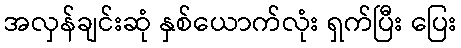
အလှန်ချင်းဆုံ နှစ်ယောက်လုံး ရှက်ပြီး ပြေး